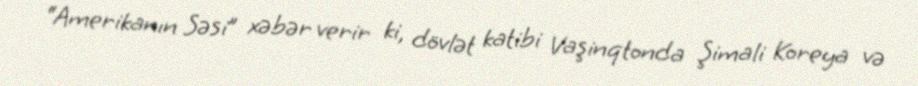
“Amerikanın Səsi” xəbər verir ki, dövlət katibi Vaşinqtonda Şimali Koreya və